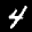
Label: 4